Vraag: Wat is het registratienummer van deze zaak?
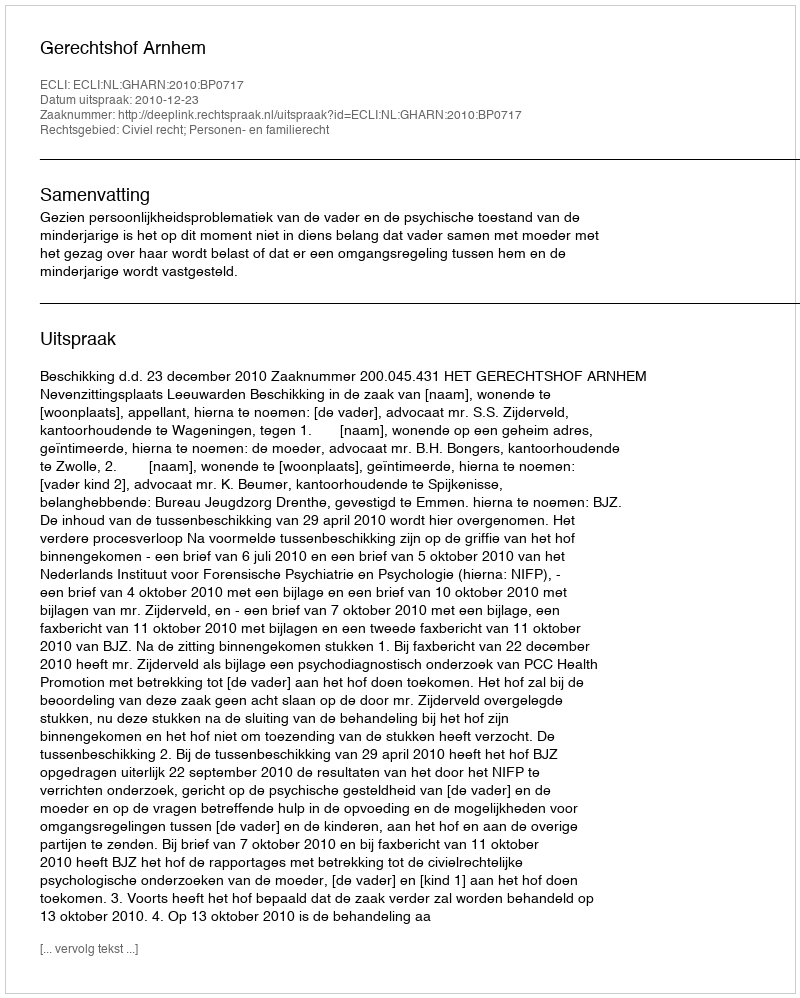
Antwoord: http://deeplink.rechtspraak.nl/uitspraak?id=ECLI:NL:GHARN:2010:BP0717